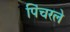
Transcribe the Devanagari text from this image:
पिंचरले